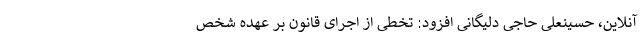
آنلاین، حسینعلی حاجی دلیگانی افزود: تخطی از اجرای قانون بر عهده شخص